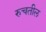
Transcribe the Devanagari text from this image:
रुचतील